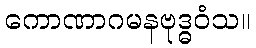
ကောဏာဂမနဗုဒ္ဓဝံသ။